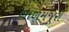
બાળમજૂરી